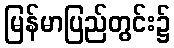
မြန်မာပြည်တွင်း၌